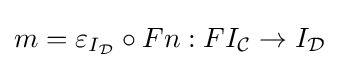
m=\varepsilon _{I_{\mathcal {D}}}\circ Fn:FI_{\mathcal {C}}\to I_{\mathcal {D}}